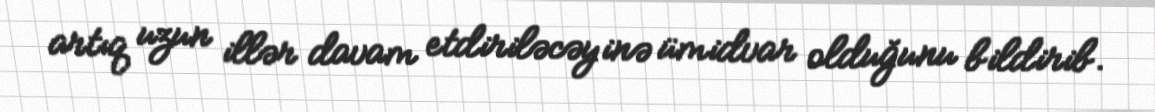
artıq uzun illər davam etdiriləcəyinə ümidvar olduğunu bildirib.